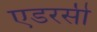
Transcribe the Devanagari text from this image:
एडरसी